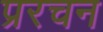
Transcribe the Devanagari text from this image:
प्ररचन